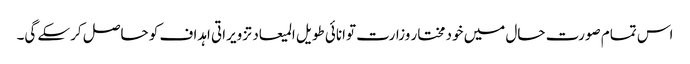
اس تمام صورت حال میں خود مختار وزارت توانائی طویل المیعاد تزویراتی اہداف کو حاصل کرسکے گی۔